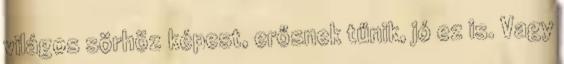
világos sörhöz képest, erősnek tűnik, jó ez is. Vagy